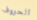
الحروف